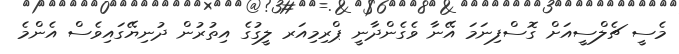
މެސީ ޗެލްސީއަށް ގޮސްފިނަމަ އޭނާ ވެގެންދާނީ ޕްރިމިއަރ ލީގުގެ އިތުރުން ދުނިޔޭގައިވެސް އެންމެ